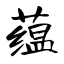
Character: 蕴